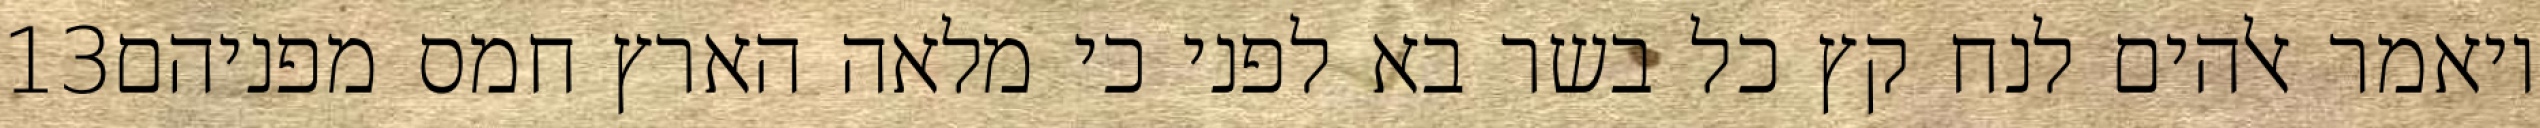
‎13‏ ויאמר אלהים לנח קץ כל בשר בא לפני כי מלאה הארץ חמס מפניהם